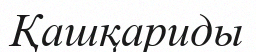
Қашқариды